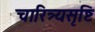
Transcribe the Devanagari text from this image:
चारित्र्यसृष्टि